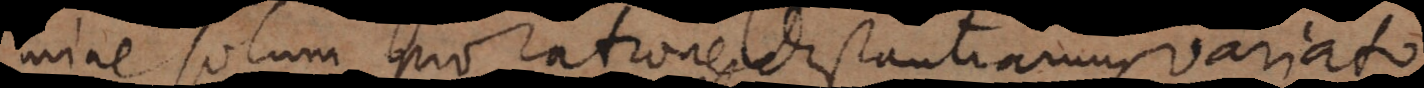
ine solum pro ratione distantiarum variato,